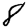
Digit: 8